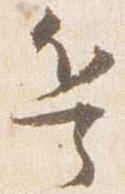
兵